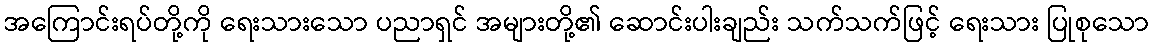
အကြောင်းရပ်တို့ကို ရေးသားသော ပညာရှင် အများတို့၏ ဆောင်းပါးချည်း သက်သက်ဖြင့် ရေးသား ပြုစုသော